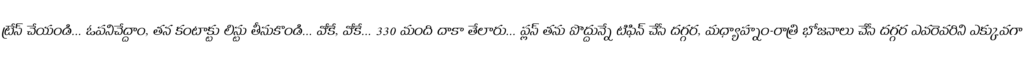
ట్రేస్ చేయండి... ఓపనిచేద్దాం, తన కంటాక్టు లిస్టు తీసుకొండి... వోకే, వోకే... 330 మంది దాకా తేలారు... ప్లస్ తను పొద్దున్నే టిఫిన్ చేసే దగ్గర, మధ్యాహ్నం-రాత్రి భోజనాలు చేసే దగ్గర ఎవరెవరిని ఎక్కువగా